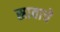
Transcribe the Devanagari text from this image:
स्रावाचे